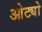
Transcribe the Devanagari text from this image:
ओट्यो